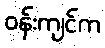
ဝန်းကျင်က